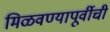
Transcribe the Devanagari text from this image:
मिळवण्यापूर्वीची